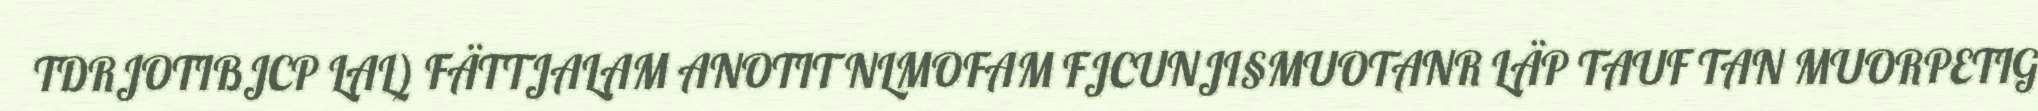
TDRJOTIBJCP LAL) FÄTTJALAM ANOTIT NLMOFAM FJCUNJI§MUOTANR LÄP TAUF TAN MUORPETIG